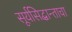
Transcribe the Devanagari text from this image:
सूर्यसिद्धान्ताचा